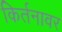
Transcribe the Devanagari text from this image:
किर्तनावर